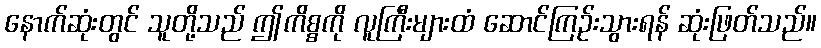
နောက်ဆုံးတွင် သူတို့သည် ဤကိစ္စကို လူကြီးများထံ ဆောင်ကြဉ်းသွားရန် ဆုံးဖြတ်သည်။